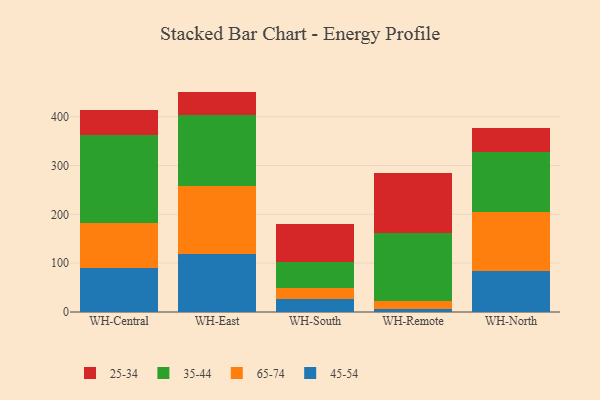
{"axis": {"x": "Warehouse", "y": "Bounce Rate (%)"}, "legend": ["25-34", "35-44", "45-54", "65-74"], "data": [{"x": "WH-Central", "y": 90.8, "type": "45-54"}, {"x": "WH-Central", "y": 92.4, "type": "65-74"}, {"x": "WH-Central", "y": 178.9, "type": "35-44"}, {"x": "WH-Central", "y": 52.1, "type": "25-34"}, {"x": "WH-East", "y": 118.5, "type": "45-54"}, {"x": "WH-East", "y": 138.5, "type": "65-74"}, {"x": "WH-East", "y": 146.6, "type": "35-44"}, {"x": "WH-East", "y": 47.7, "type": "25-34"}, {"x": "WH-South", "y": 26.5, "type": "45-54"}, {"x": "WH-South", "y": 22.2, "type": "65-74"}, {"x": "WH-South", "y": 53.9, "type": "35-44"}, {"x": "WH-South", "y": 78.2, "type": "25-34"}, {"x": "WH-Remote", "y": 6.1, "type": "45-54"}, {"x": "WH-Remote", "y": 17.1, "type": "65-74"}, {"x": "WH-Remote", "y": 138.1, "type": "35-44"}, {"x": "WH-Remote", "y": 122.7, "type": "25-34"}, {"x": "WH-North", "y": 84.3, "type": "45-54"}, {"x": "WH-North", "y": 119.7, "type": "65-74"}, {"x": "WH-North", "y": 124.6, "type": "35-44"}, {"x": "WH-North", "y": 48.3, "type": "25-34"}]}